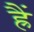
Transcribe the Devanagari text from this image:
ह्रैं